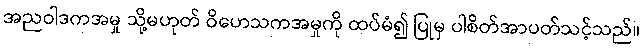
အညဝါဒကအမှု သို့မဟုတ် ဝိဟေသကအမှုကို ထပ်မံ၍ ပြုမှ ပါစိတ်အာပတ်သင့်သည်။